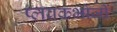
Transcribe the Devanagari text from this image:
प्लवकभोजी